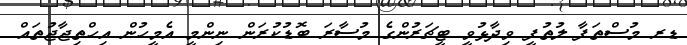
ޑރ މުސްތަފާ ލުތުފީ ވިދާޅުވީ ޓީޗަރުންގެ މުސާރަ ބޮޑުކުރަން ނިންމީ އެމީހުން އިހްތިޖާޖުތައް